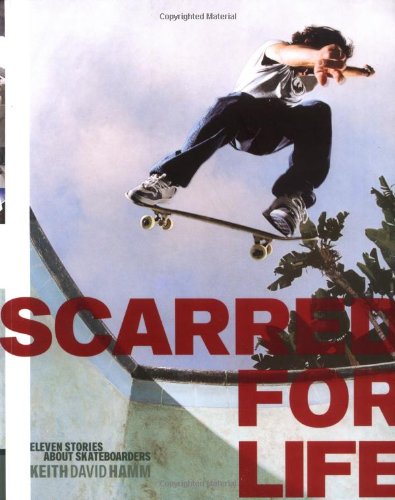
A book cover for Scarred for Life: Eleven Stories About Skateboarders; Keith David Hamm; Sports & Outdoors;